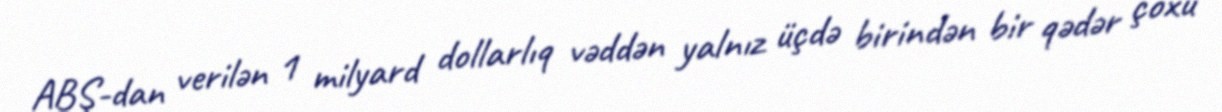
ABŞ-dan verilən 1 milyard dollarlıq vəddən yalnız üçdə birindən bir qədər çoxu